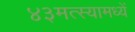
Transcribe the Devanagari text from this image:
४३मत्स्यामध्यें